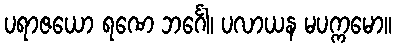
ပရာဇယော ရဏေ ဘင်္ဂေါ၊ ပလာယန မပက္ကမော။